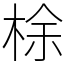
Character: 梌